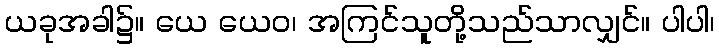
ယခုအခါ၌။ ယေ ယေဝ၊ အကြင်သူတို့သည်သာလျှင်။ ပါပါ၊